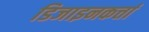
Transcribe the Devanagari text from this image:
डिजाइनकर्त्ता